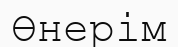
Өнерім